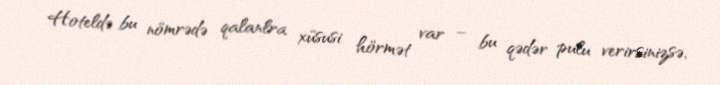
Hoteldə bu nömrədə qalanlra xüsusi hörmət var – bu qədər pulu verirsinizsə,